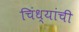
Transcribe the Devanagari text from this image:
चिंध्यांची